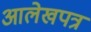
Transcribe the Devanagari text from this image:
आलेखपत्र